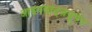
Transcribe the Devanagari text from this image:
आइनसाट्ज़ग्रूपेन